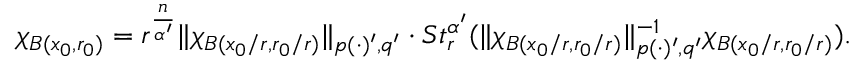
\chi _ { B ( x _ { 0 } , r _ { 0 } ) } = r ^ { \frac { n } { \alpha ^ { \prime } } } \| \chi _ { B ( x _ { 0 } / r , r _ { 0 } / r ) } \| _ { p ( \cdot ) ^ { \prime } , q ^ { \prime } } \cdot S t _ { r } ^ { \alpha ^ { \prime } } ( \| \chi _ { B ( x _ { 0 } / r , r _ { 0 } / r ) } \| _ { p ( \cdot ) ^ { \prime } , q ^ { \prime } } ^ { - 1 } \chi _ { B ( x _ { 0 } / r , r _ { 0 } / r ) } ) .